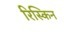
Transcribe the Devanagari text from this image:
रिस्किन